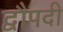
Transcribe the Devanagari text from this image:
द्वौपदी